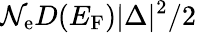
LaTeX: {\mathcal N}_{\mathrm{e}}D(E_{\mathrm{F}})|\Delta|^{2}/2